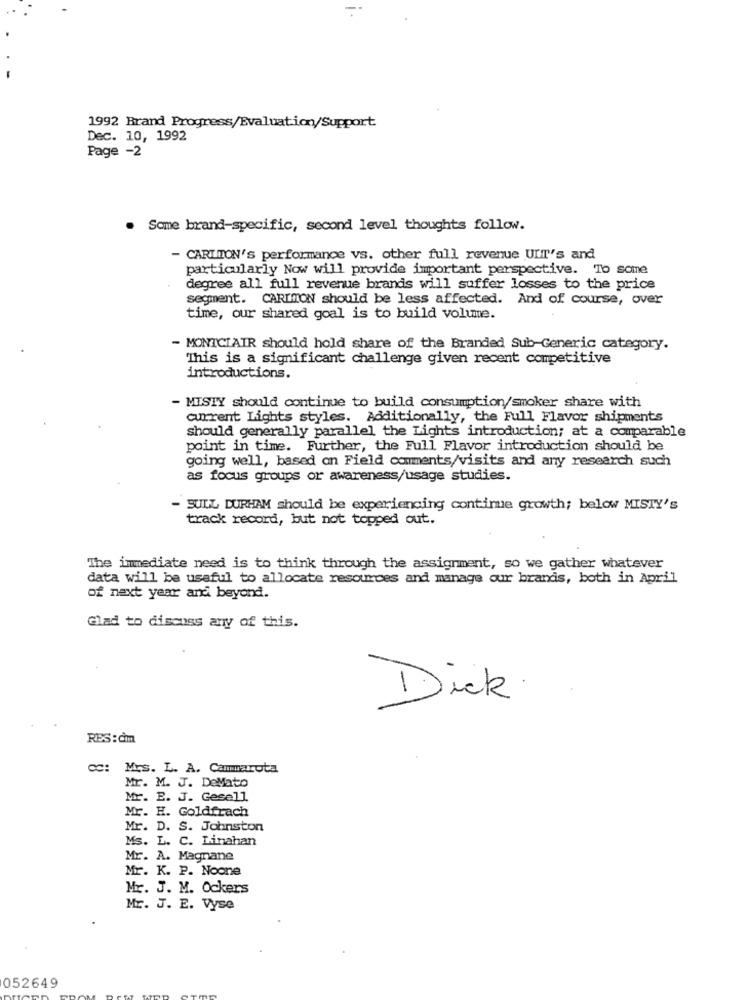
1992 Brand Progress/Evaluation/Support
Dec. 10, 1992
Page -2
. Some brand-specific, second level thoughts follow.
- CARLTON's performance vs. other full revenue UIT's and
particularly Now will provide important perspective. To some
degree all full revenue brands will suffer losses to the price
segment. CARIMON should be less affected. And of course, over
time, our shared goal is to build volume.
- MONTCLAIR should hold share of the Branded Sub-Generic category.
This is a significant challenge given recent competitive
introductions.
- MISTY should continue to build consumption/smoker share with
current Lights styles. Additionally, the Full Flavor shipments
should generally parallel the Lights introduction; at a comparable
point in time. Further, the Full Flavor introduction should be
going well, based on Field comments/visits and any research such
as focus groups or awareness/usage studies.
- SULL DURHAM should be experiencing contire growth; below MISTY's
track record, but not topped out.
The immediate need is to think through the assignment, so we gather whatever
data will be useful to allocate resources and manage our brands, both in April
of next year and beyond.
Glad to discuss any of this.
Dick
/-1
RES: cim
cc: Mrs. L. A. Cammarota
Mr. M. J. DeMato
Mr. E. J. Gesell
Mr. H. Goldfrach
Mr. D. S. Johnston
Ms. L. C. Linahan
Mr. A. Magnane
Mr. K. P. Noone
Mr. J. M. Ockers
Mr. J. E. Vyse
052649